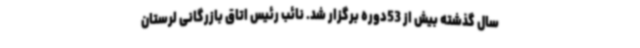
سال گذشته بیش از 53دوره برگزار شد. نائب رئیس اتاق بازرگانی لرستان